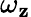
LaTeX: \omega_{\mathbf{z}}